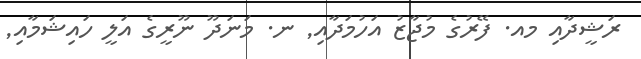
ރަޝީދާއި މއ. ފޭރުގެ މުޖާޒު އަހުމަދާއި